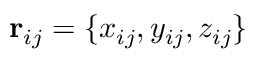
\mathbf { r } _ { i j } = \{ x _ { i j } , y _ { i j } , z _ { i j } \}